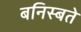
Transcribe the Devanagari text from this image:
बनिस्बते